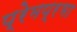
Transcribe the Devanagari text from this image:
प्रेमप्रभा